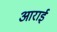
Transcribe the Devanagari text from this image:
आराई